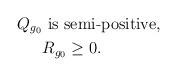
LaTeX: \begin{align*} Q_{g_0} & \mbox{ is semi-positive,} \\& R_{g_0} \geq 0.\end{align*}